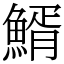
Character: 䱬